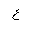
Letter: _ayn